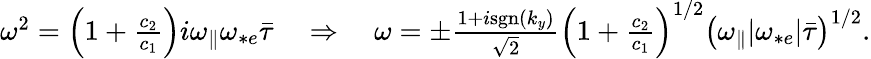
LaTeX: \begin{array}{r}{\omega^{2}=\left(1+\frac{c_{2}}{c_{1}}\right)i{\omega_{\parallel}}\omega_{*e}\bar{\tau}\quad\Rightarrow\quad\omega=\pm\frac{1+i\mathrm{sgn}(k_{y})}{\sqrt{2}}\left(1+\frac{c_{2}}{c_{1}}\right)^{1/2}\left({\omega_{\parallel}}|\omega_{*e}|\bar{\tau}\right)^{1/2}.}\end{array}